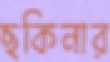
ছকিনার